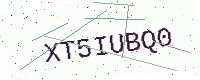
Text: XT5IUBQ0